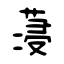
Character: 蓡